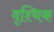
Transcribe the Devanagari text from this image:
वृश्‍चिक